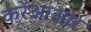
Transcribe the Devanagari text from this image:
करेंआओर